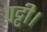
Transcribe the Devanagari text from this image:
पट्टी।